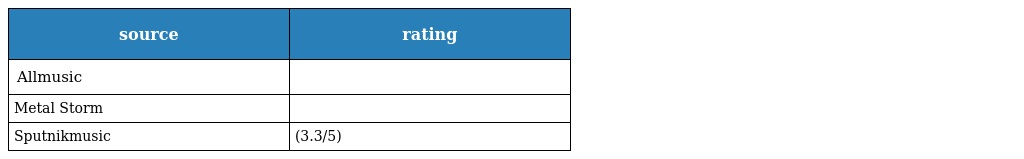
| source | rating |
 | --- | --- |
 | Allmusic |  |
 | Metal Storm |  |
 | Sputnikmusic | (3.3/5) |